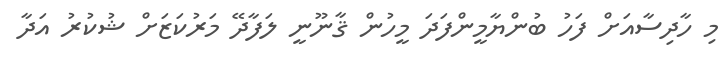
މި ހާދިސާއަށް ފަހު ބުންޔާމީންފަދަ މީހުން ޤާނޫނީ ލަފާދޭ މަރުކަޒަށް ޝުކުރު އަދާ